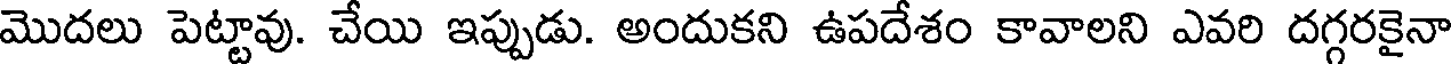
మొదలు పెట్టావు. చేయి ఇప్పుడు. అందుకని ఉపదేశం కావాలని ఎవరి దగ్గరకైనా